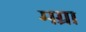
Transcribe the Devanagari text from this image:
मग्रा